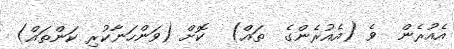
އެއުރެން  ވެ (އެއުރެންގެ  ތައް)  ކޮށް (ވަންހަނާކުރި ކަންތައް)